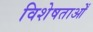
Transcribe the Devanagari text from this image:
विशेषताओँ